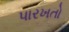
પારખતો